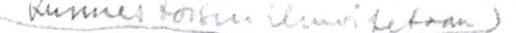
Kunnes toisin ilmoitetaan)